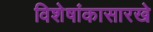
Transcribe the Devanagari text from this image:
विशेषांकासारखे